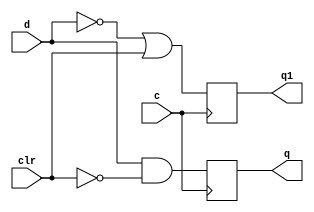
module RisingEdge_DFlipFlop(q,q1,d,c,clr);
output q,q1;
 input d,c;
 input clr;
 reg q,q1;
	initial 
	   begin
		   q=1'b0; q1=1'b1;
	  end
	always @ (posedge c)
	   begin 
		 q=d&(~clr);
		 q1=(~d)|clr;
	   end
endmodule